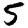
Digit: 5